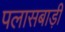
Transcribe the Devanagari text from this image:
पलासबाड़ी